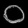
Digit: ၀